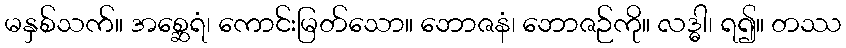
မနှစ်သက်။ အစ္ဆေရံ၊ ကောင်းမြတ်သော။ ဘောဇနံ၊ ဘောဇဉ်ကို။ လဒ္ဓါ၊ ရ၍။ တဿ